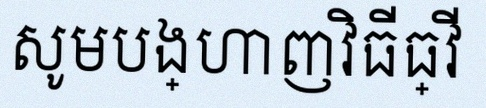
សូមបង្ហាញវិធីធ្វើ